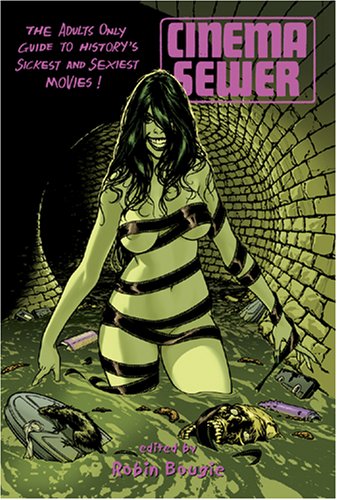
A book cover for Cinema Sewer: The Adults Only Guide to History's Sickest and Sexiest Movies!; Humor & Entertainment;